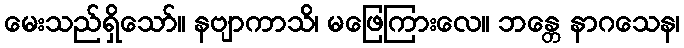
မေးသည်ရှိသော်။ နဗျာကာသိ၊ မဖြေကြားလေ။ ဘန္တေ နာဂသေန၊